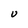
Character: U